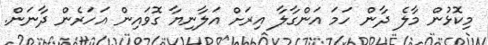
މިކޮޅުން މާލެ ދާން ހަމަ އަންގާލާ އިރަށް އަލާނިޔާ ގޮވައިން އަހަރެން ދާނަން.